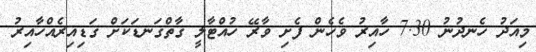
މިއަދު ހެނދުނު 7.30 ހާއިރު ވެހެން ފެށި ވާރޭ ހުއްޓާލީ ގާތްގަނޑަކަށް ގަޑިއިރެއްހާއިރު